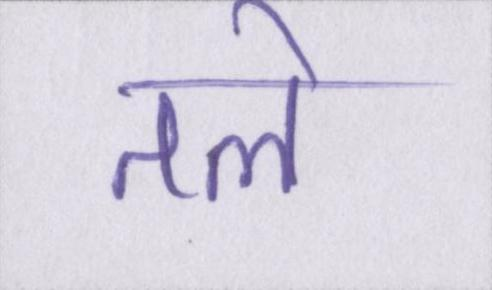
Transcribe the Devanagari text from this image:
तले